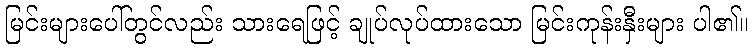
မြင်းများပေါ်တွင်လည်း သားရေဖြင့် ချုပ်လုပ်ထားသော မြင်းကုန်းနှီးများ ပါ၏။